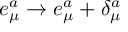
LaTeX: e _ { \mu } ^ { a } \to e _ { \mu } ^ { a } + \delta _ { \mu } ^ { a }